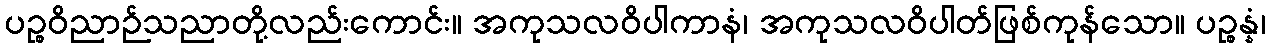
ပဉ္စဝိညာဉ်သညာတို့လည်းကောင်း။ အကုသလဝိပါကာနံ၊ အကုသလဝိပါတ်ဖြစ်ကုန်သော။ ပဉ္စန္နံ၊